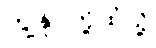
ကျွန်ုပ်တို့ထံသို့